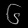
Digit: ၆